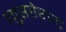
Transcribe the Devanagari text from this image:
गुप्तहेरपट